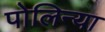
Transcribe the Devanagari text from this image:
पोलिन्या